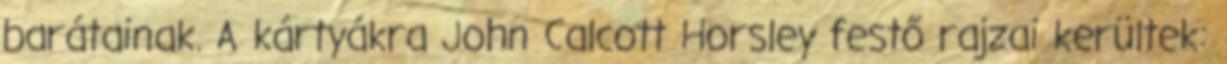
barátainak. A kártyákra John Calcott Horsley festő rajzai kerültek: